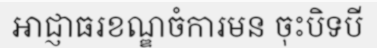
អាជ្ញាធរខណ្ឌចំការមន ចុះបិទបី